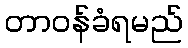
တာဝန်ခံရမည်